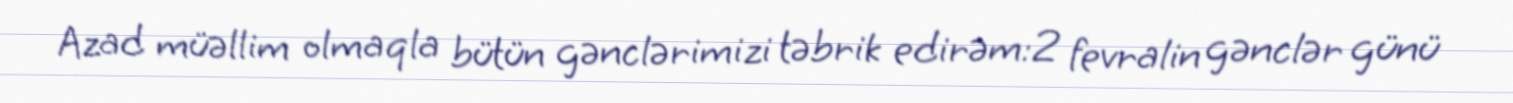
Azad müəllim olmaqla bütün gənclərimizi təbrik edirəm:2 fevralin gənclər günü